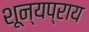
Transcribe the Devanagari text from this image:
शून्यप्राय